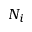
N _ { i }